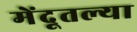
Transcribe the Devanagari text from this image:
मेंदूतल्या